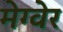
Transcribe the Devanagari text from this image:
मेग्वेर